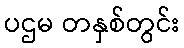
ပဌမ တနှစ်တွင်း